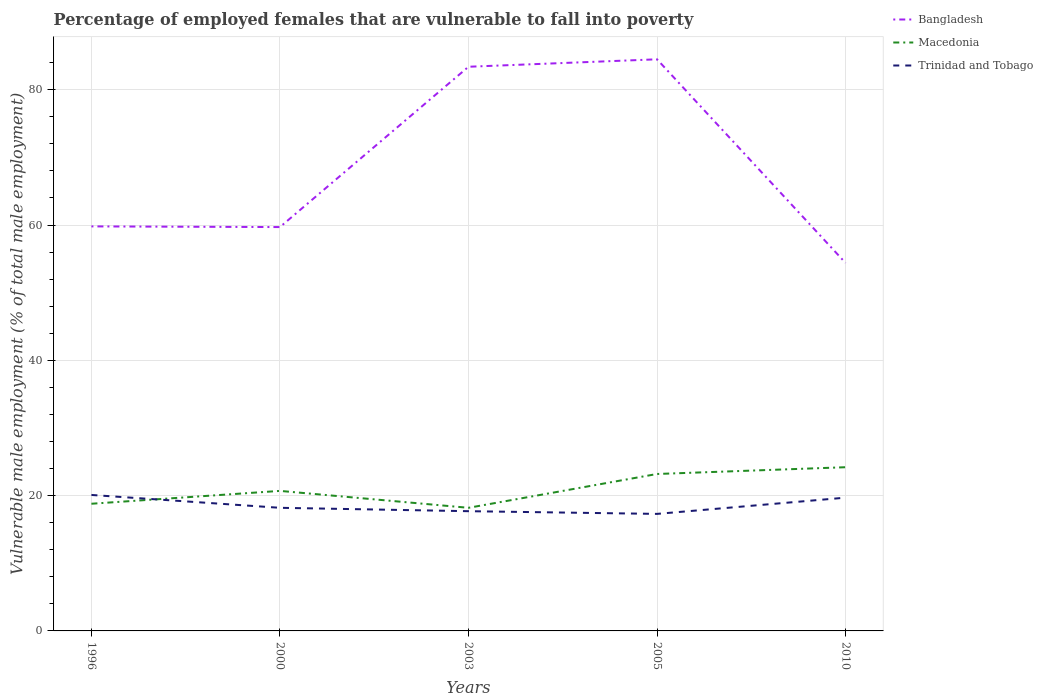
| Years | Bangladesh | Macedonia | Trinidad and Tobago |
 | --- | --- | --- | --- |
 | 1996 | 59.8 | 18.8 | 20.1 |
 | 2000 | 59.7 | 20.7 | 18.2 |
 | 2003 | 83.4 | 18.2 | 17.7 |
 | 2005 | 84.5 | 23.2 | 17.3 |
 | 2010 | 54.4 | 24.2 | 19.7 |